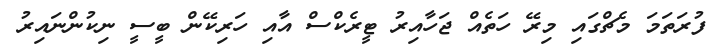
ފުރަތަމަ މެޗްގައި މިރޭ ހަތެއް ޖަހާއިރު ޓީރެކްސް އާއި ހަރިކޭން ބީސީ ނިކުންނައިރު